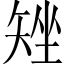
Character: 矬